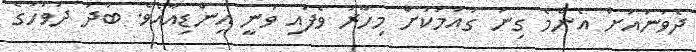
ދެވަނައަށް އެންމެ ގިނަ ގައުމަކަށް މިހާރު ވެފައި ވަނީ އިންޑިއާއެވެ. ބުދަ ދުވަހުގެ